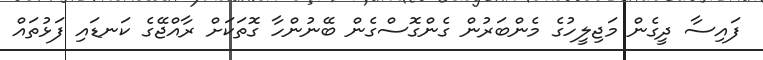
ފައިސާ ދީގެން މަޖިލީހުގެ މެންބަރުން ގެންގޮސްގެން ބޭނުންހާ ގޮތަކަށް ރާއްޖޭގެ ކަނޑައި ފަޅުތައް